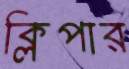
ক্লিপার